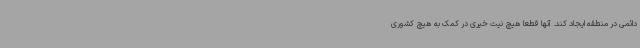
دائمی در منطقه ایجاد کند. آنها قطعاً هیچ نیت خیری در کمک به هیچ کشوری